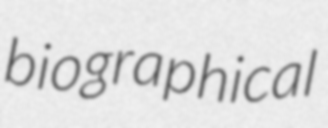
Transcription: biographical